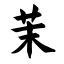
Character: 茉